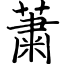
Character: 䔥